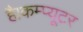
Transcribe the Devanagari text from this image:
है।कम्‍प्‍यूटर